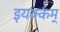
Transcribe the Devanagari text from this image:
इयक्कम्